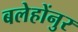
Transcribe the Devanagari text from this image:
बलेहोंनुर